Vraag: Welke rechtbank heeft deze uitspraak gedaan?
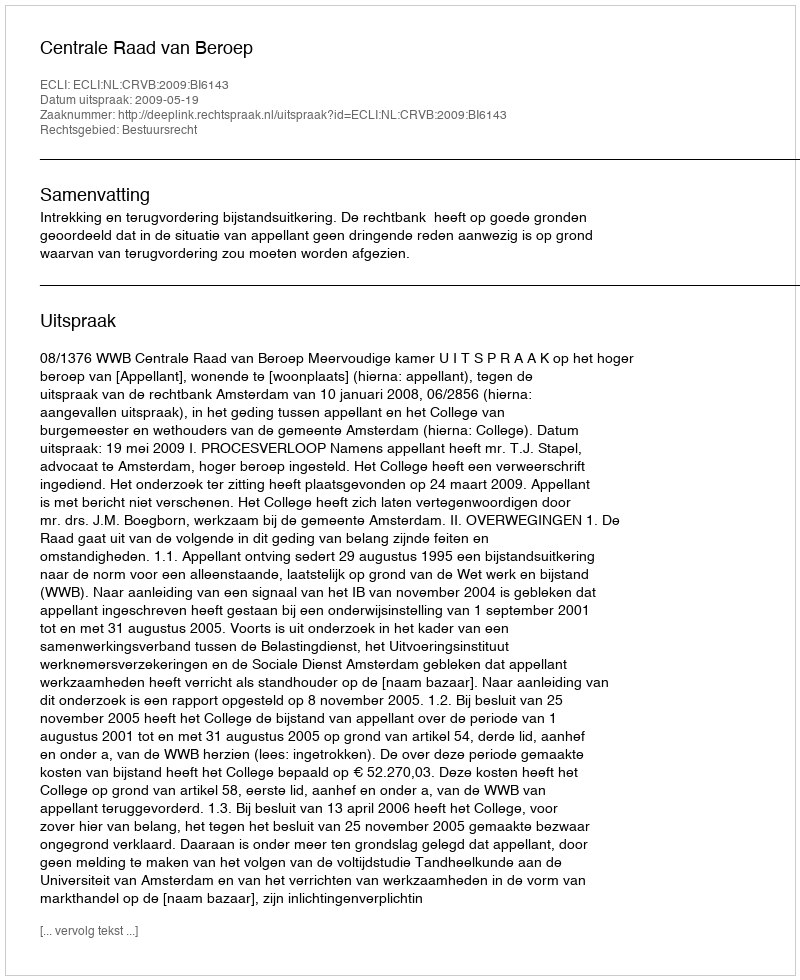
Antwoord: Centrale Raad van Beroep